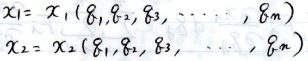
\begin{align*}
x_1&=x_1(g_1,g_2,g_3,\cdots,g_n)\\
x_2&=x_2(g_1,g_2,g_3,\cdots,g_n)
\end{align*}